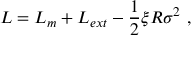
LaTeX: L = L _ { m } + L _ { e x t } - { \frac { 1 } { 2 } } \xi R \sigma ^ { 2 } ~ ,